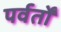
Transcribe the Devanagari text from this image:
पर्वर्तों